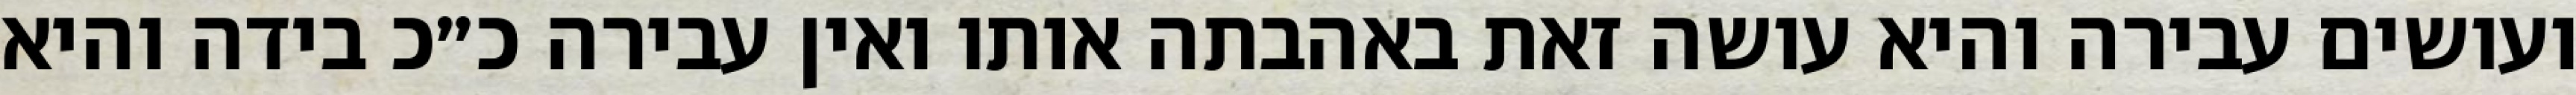
ועושים עבירה והיא עושה זאת באהבתה אותו ואין עבירה כ״כ בידה והיא